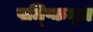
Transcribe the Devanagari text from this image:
पम्प्किन्ज़